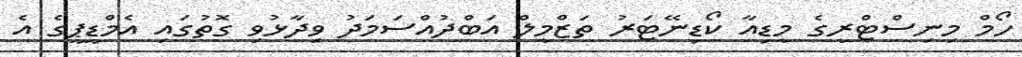
ހޯމް މިނިސްޓްރީގެ މީޑިއާ ކޯޑިނޭޓަރު ތަޒްމީލް އަބްދުއްސަމަދު ވިދާޅުވި ގޮތުގައި އެމްޑީޕީގެ އެ